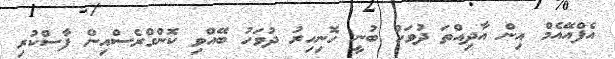
އެފްއޭއެމް އިން އާދިއްތަ ދުވަހު ބުނީ ހޮނިހިރު ދުވަހު ބޭއްވި ކޮންގްރެސްއިން ފާސްކުރި